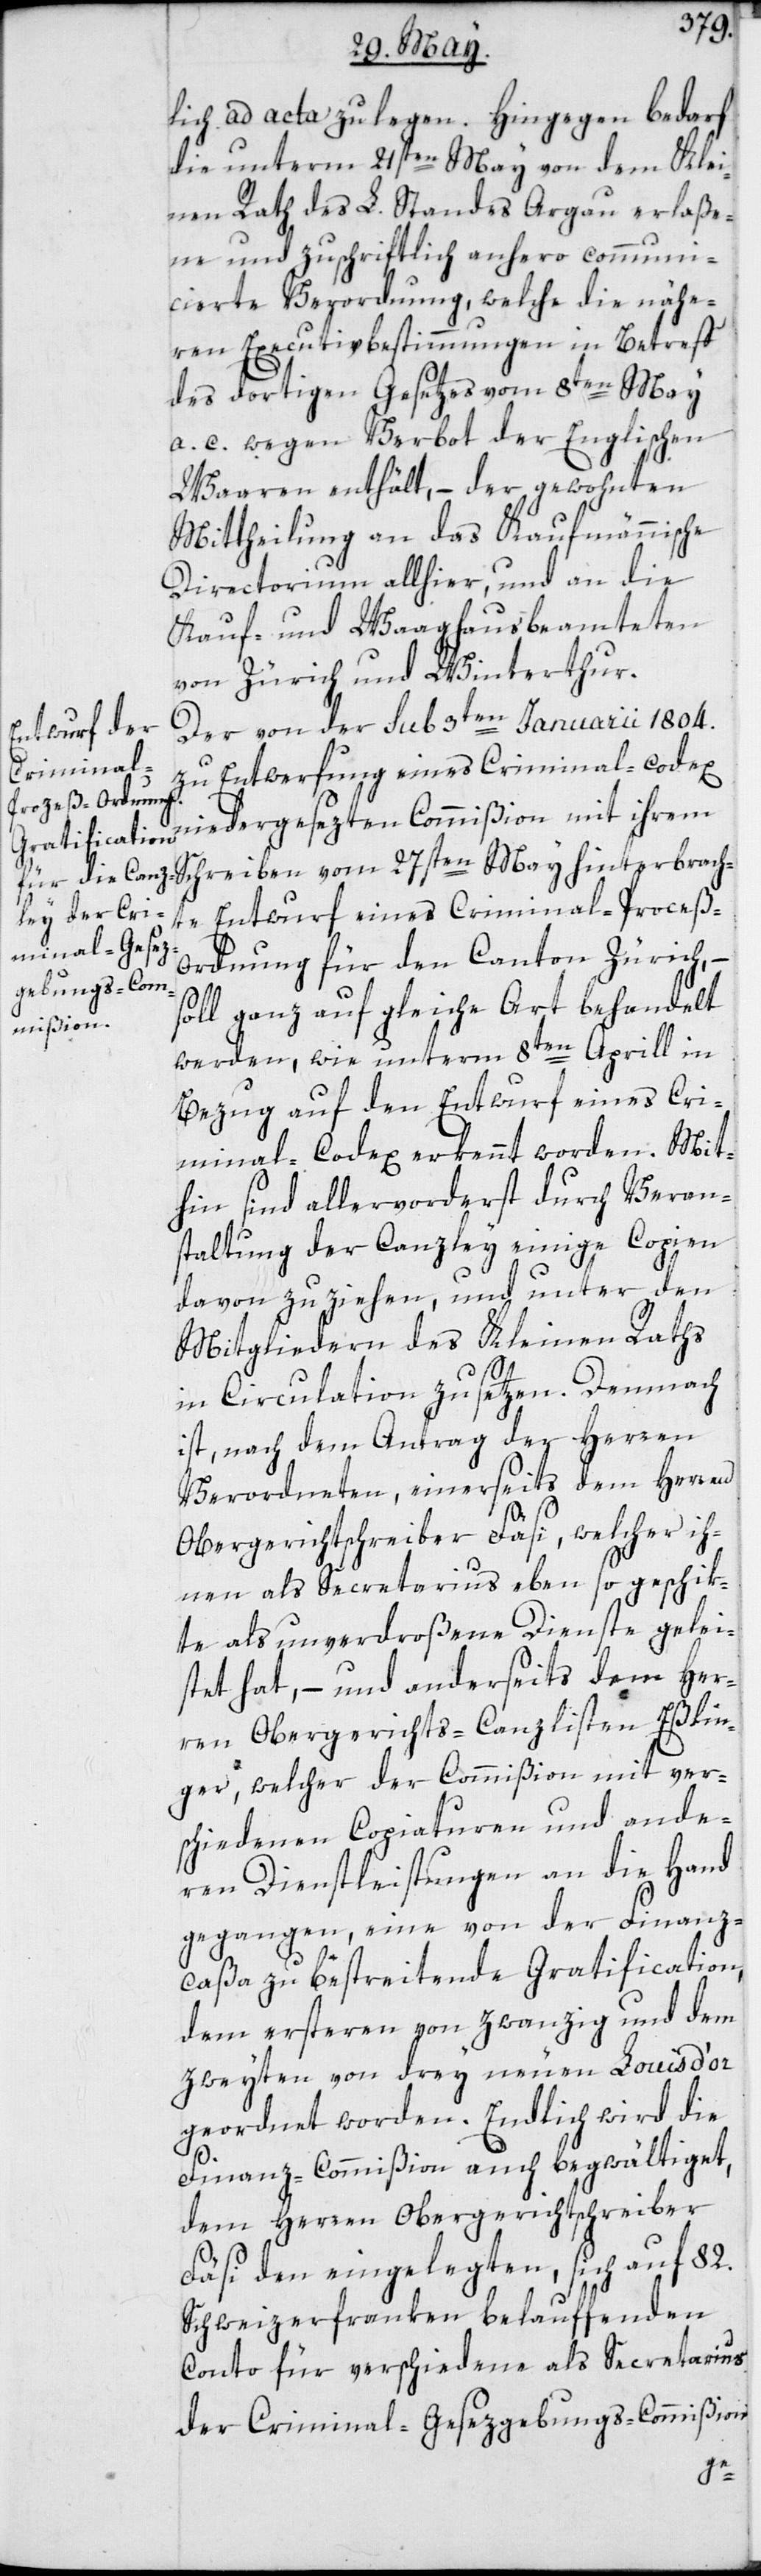
lich ad acta zu legen. Hingegen bedarf
die unterm 21sten May von dem Klei¬
nen Rath des L. Standes Argau erlaße¬
ne und zuschriftlich anhero communi¬
cierte Verordnung, welche die nähe¬
ren Executivbestimmungen in Betreff
des dortigen Gesetzes vom 8ten May
a. c. wegen Verbot der Englischen
Waaren enthält, – der gewohnten
Mittheilung an das Kaufmännische
Directorium allhier, und an die
Kauf- und Waaghausbeamteten
von Zürich und Winterthur.
Der von der sub 3ten Januarii 1804.
zu Entwerfung eines Criminal-Codex
niedergesezten Commißion mit ihrem
Schreiben vom 27sten May hinterbrach¬
te Entwurf einer Criminal-Proceß-O¬
rdnung für den Canton Zürich, –
soll ganz auf gleiche Art behandelt
werden, wie unterm 8ten Aprill in
Bezug auf den Entwurf eines Cri¬
minal-Codex erkennt worden. Mit¬
hin sind allervorderst durch Veran¬
staltung der Canzley einige Copien
davon zu ziehen, und unter den
Mitgliedern des Kleinen Raths
in Circulation zu setzen. Demnach
ist, nach dem Antrag der Herren
Verordneten, einerseits dem Herren
Obergerichtsschreiber Fäsi, welcher ih¬
nen als Secretarius eben so geschik¬
te als unverdroßene Dienste gelei¬
stet hat, – und anderseits dem Her¬
ren Obergerichts-Canzlisten Eßlin¬
ger, welcher der Commißion mit ver¬
schiedenen Copiaturen und ande¬
ren Dienstleistungen an die Hand
gegangen, eine von der Finanz¬
caßa zu bestreitende Gratification,
dem ersteren von zwanzig und dem
zweyten von drey neuen Louis d’or
geordnet worden. Endlich wird die
Finanz-Commißion auch begwältiget,
dem Herren Obergerichtschreiber
Fäsi den eingelegten, sich auf 82.
Schweizerfranken belauffenden
Conto für verschiedene als Secretarius
der Criminal-Gesezgebungs-Commißion